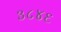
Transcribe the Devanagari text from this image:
३८४६